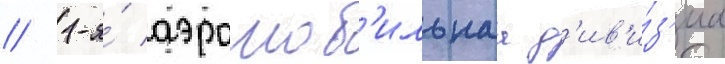
// 1-я́ аэромоб'ильнаа д'ив'и́з'иа